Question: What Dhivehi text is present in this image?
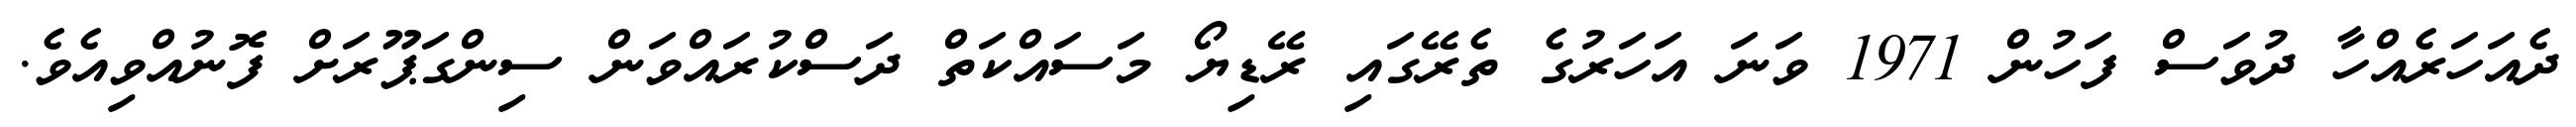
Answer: ދެއަހަރެއްހާ ދުވަސް ފަހުން 1971 ވަނަ އަހަރުގެ ތެރޭގައި ރޭޑިޔޯ މަސައްކަތް ދަސްކުރައްވަން ސިންގަޕޫރަށް ފޮނުއްވިއެވެ.